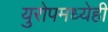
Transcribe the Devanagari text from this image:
युरोपमध्येही